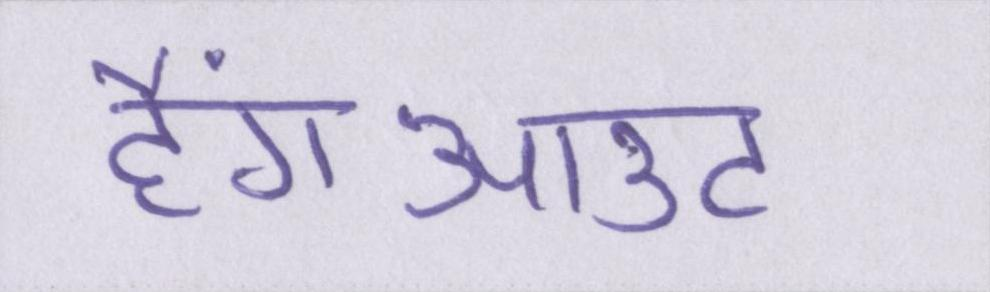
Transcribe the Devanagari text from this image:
हैंगआउट